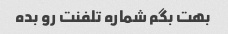
بهت بگم شماره تلفنت رو بده